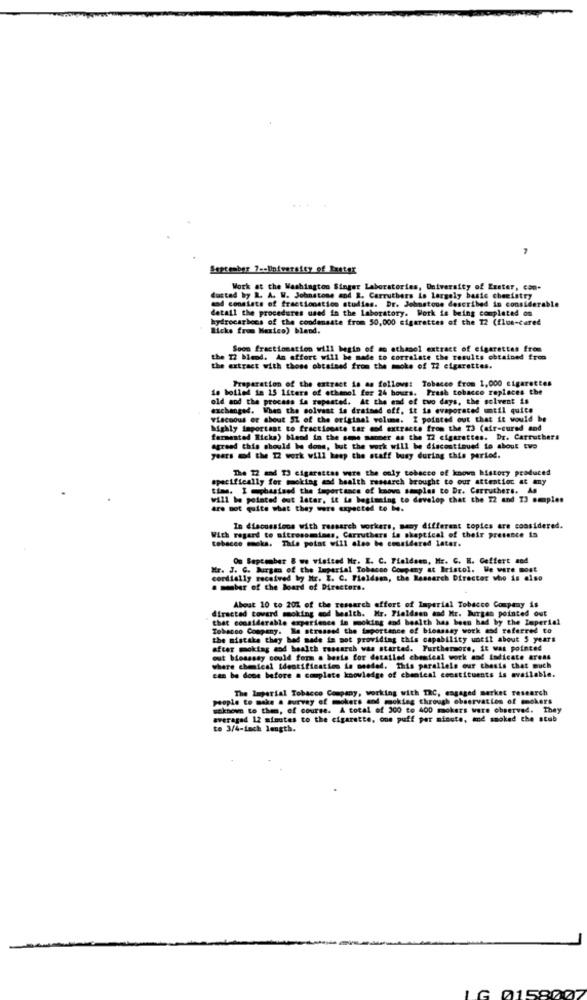
September 7-eUniversity of Exeter
Work at the Washington Singer Laboratories, University of Exeter, con-
mod consists of fractionation studies. Dr. Johnstone described in considerable
ducted by R. A. W. Johnstone and R. Carruthers is Largely basic chemistry
detail the procedures used in the Laboratory. Work is being completed on
hydrocarbons of the condensate from 50,000 cigarettes of the 12 (flue-cared
Hicks from Mexico) blend.
Soom fractionation will begin of as ethanol extract of cigarettes from
. 12 blend. An effort will be made to correlate the results obtained from
the extract with those obtained from the moke of 12 cigarettes.
Preparation of the extract is as follows: Tobacco from 1,000 cigarettes
io boiled in 15 liters of ethanol for 24 hours. Frash tobacco replaces the
old and the process is repeated. At the end of two days, the solvent is
exchanged. When the solvant is drained off. it is evaporated until quite
viacnous or about SI of the original volume. I pointed out that it would be
highly important to fractionste tar mod extracto from the T3 (air-cured and
fermented Ricka) bend in the same manner as the 12 cigarettes. Dr. Carruthers
agreed this should be done, but the work will be discontinued io about two
years of the 12 work will keep the staff busy during this period.
The 12 sad TO cigaractas were the only tobacco of knows history produced
specifically for moking and health research brought to our attention at any
time. I mphasisod the importance of knows samples to Dr. Carruthers. As
will be pointed out later, it is beginning to develop that the 22 and 23 samples
are not quite what they were expected to be.
In discussions with ressarch workers, many different topies are considered.
With regard to nitrosomines, Carruthers le skeptical of their presence is
tobacco mocks. This point will also be considered later.
On September & we visited Mr. I. C. Fieldsen, Mr. C. H. Goffert and
Mir. J. C. Burgen of the Imperial Tobacco Company at Bristol. We were most
cordially received by Itr. I. C. Fieldsen, the Research Director who is also
. member of the Board of Directors.
directed toward smoking cod health. Mr. Fieldsen and Mr. Burgen pointed out
About 10 to 202 of the research offert of Imperial Tobacco Company is
that considerable experience in moking and health has been had by the Imperial
Tobacco Company. Me stressed the importance of bioassay work and referred to
the mistake they had made in pot providing this capability until about 5 years
after moking and health research was started. Furthermore, it was pointed
out bioassay could form a basis for detailed chemical work and indicate areas
where chemical Identification is needed. This parallele our thesis that much
can be done before a complete knowledge of chemical constituents is available.
The Imperial Tobacco Company, working with TRC, engaged market research
people to make a survey of mokers and moking through observaties of mokers
unknown to them, of course. A total of 300 to 400 mokers were observed. They
averaged 12 minutes to the cigarette, one puff per minute, and smoked the stub
to 3/4-inch length.
LG 0158007